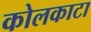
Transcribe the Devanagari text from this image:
कोलकाटा